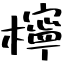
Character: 檸